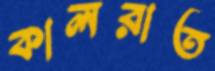
কালরাত